Cholera in India, 1862 to 1881
Year: 1862
Disease focus: Cholera
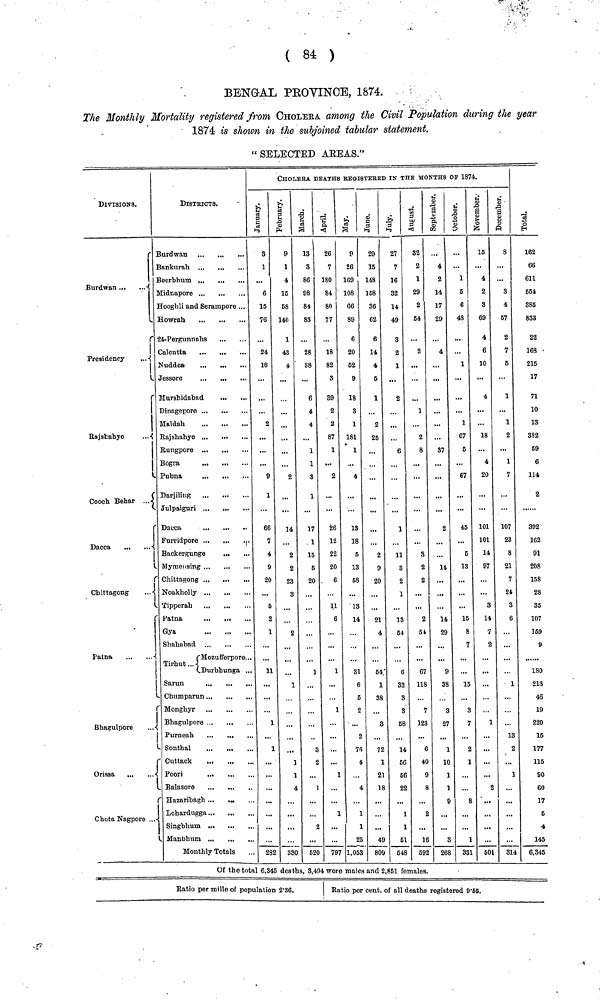
( 84 )
BENGAL PROVINCE, 1874.
The Monthly Mortality registered from CHOLERA, among the Civil Population during the year
1874 is shown in the subjoined tabular statement.
"SELECTED AREAS."
DIVISIONS.
Burdwan
Presidency
..
Rajshahye
..
Cooch Behar
...
Dacca
Chittagong
...
Patna
Bhagulpore
Orissa
Chota Nagpore ...
DISTRICTS.
Burd wan
Banknrah.
Midrapore
Hooghli and Serampore ...
Howrah
24-Pergunnahs
Calcutta
Nuddea
Jessore
Murshidabad
Maldah
Bogra
Pubna
Darjiling
Julpaiguri
Dacca
Furridpore
Backergunge
Mymensing
Chittagong
Tipperah
Patna
Gya
Shahabad
Mozufferpore..
Tirhut...
Durbhunga ..
Sarun
Chumparun
Bhagulpore ...
Purneah
Sonthal
Cuttack
Poori
Balasore
Hazaribagh ...
Lohardugga
Singbhum
Manbhum
Monthly Totals
CHOLERA DEATHS REGISTERED IN THE MONTHS OF 1874.
January.
3
1
6
16
76
...
24
18
...
2
9
1
66
7
4
9
20
5
2
1
11
...
...
1
...
...
...
282
Februwary.
9
1
4
15
58
140
1
43
4
2
...
14
...
2
2
23
3
...
...
2
1
...
...
3
38
March.
13
3
86
98
84
83
28
S8
6
4
4
1
1
3
1
17
1
15
5
20
...
1
3
2
...
520
April.
26
7
180
84
80
77
18
82
3
39
2
2
87
1
2
26
18
22
20
6
11
6
1
...
1
...
1
797
May.
9
26
169
108
66
89
6
20
62
9
18
3
1
181
1
4
13
18
5
13
58
13
14
31
6
5
2
76
4
4
1
1
25
1,053
June.
20
15
148
158
36
62
6
14
4
5
1
...
2
25
...
...
2
9
20
21
4
54
1
38
3
72
1
2
1
49
809
July.
27
7
16
32
14
49
3
2
1
2
...
6
1
11
3
2
1
13
54
6
33
8
3
68
14
66
66
22
1
1
61
648
August.
32
2
1
29
2
64
...
2
...
...
1
2
8
...
...
3
2
2
2
54
67
118
7
123
6
40
1
592
September.
4
2
14
17
29
...
4
...
...
87
2
...
14
...
14
29
9
33
27
1
1
1
26
October.
...
1
5
6
48
...
...
1
...
1
67
5
67
45
...
5
13
...
15
8
7
...
15
3
7
2
1
1
33
November.
16
...
4
2
3
69
4
6
10
4
...
18
...
4
20
101
101
14
97
...
3
14
7
2
...
...
1
...
...
2
601
December.
8
...
3
4
67
2
7
5
1
1
2
...
1
7
107
23
8
21
7
24
3
6
...
...
1
...
13
2
1
814
Total.
162
66
611
554
385
833
22
168
215
17
71
10
13
3S2
59
6
114
2
392
162
91
208
158
28
35
107
159
9
180
213
46
19
220
15
177
115
90
60
17
5
4
145
6,345
Of the total 6,345 deaths, 3,494 were males and 2,851 females.
Ratio per mille of population 2.36.
Ratio per cent. of all deaths registered 9.65.